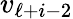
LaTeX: v_{\ell+i-2}